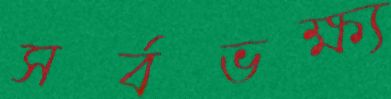
সর্বভক্ষ্য